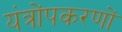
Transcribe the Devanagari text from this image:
यंत्रोंपकरणों